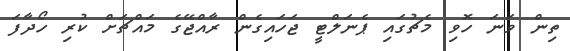
ތިން ވަނަ ހޮވި މެޗުގައި ޕެނަލްޓީ ޖަހައިގެން ރާއްޖޭގެ މައްޗަށް ކުރި ހޯދާފަ